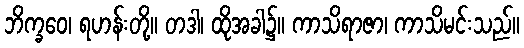
ဘိက္ခဝေ၊ ရဟန်းတို့။ တဒါ၊ ထိုအခါ၌။ ကာသိရာဇာ၊ ကာသိမင်းသည်။